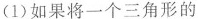
(1)如果将一个三角形的三边的